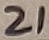
Text: 21